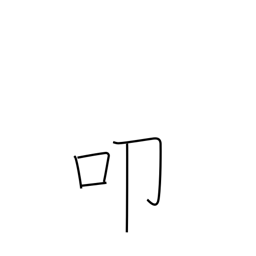
Meaning: kow tow